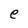
Character: e